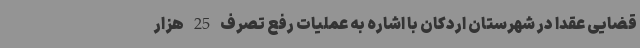
قضایی عقدا در شهرستان اردکان با اشاره به عملیات رفع تصرف 25 هزار